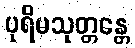
ပုရိမသုတ္တန္တေ